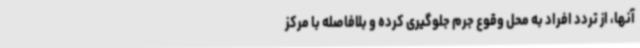
آنها، از تردد افراد به محل وقوع جرم جلوگیری کرده و بلافاصله با مرکز